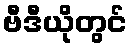
ဗီဒီယိုတွင်